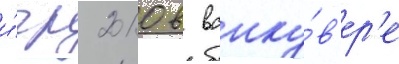
и́гр 2010 в ванку́в'ер'е